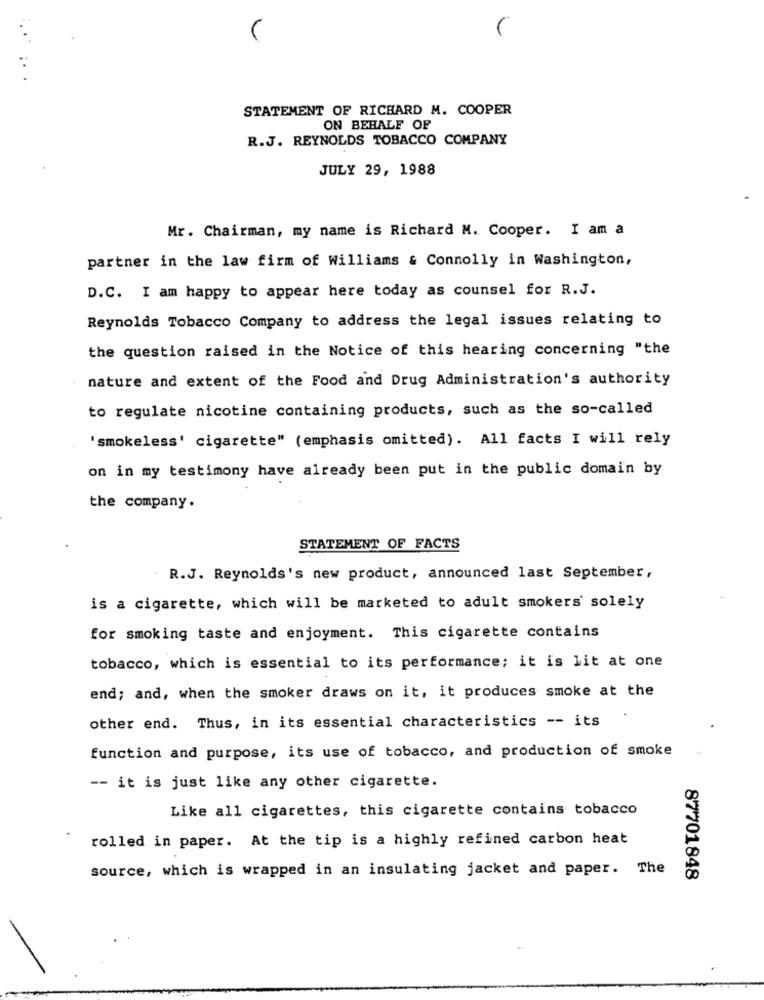
STATEMENT OF RICHARD M. COOPER
ON BEHALF OF
R.J. REYNOLDS TOBACCO COMPANY
JULY 29, 1988
Mr. Chairman, my name is Richard M. Cooper. I am a
partner in the law firm of Williams & Connolly in Washington,
D.C. I am happy to appear here today as counsel for R.J.
Reynolds Tobacco Company to address the legal issues relating to
the question raised in the Notice of this hearing concerning "the
nature and extent of the Food and Drug Administration's authority
to regulate nicotine containing products, such as the so-called
'smokeless' cigarette" (emphasis omitted). All facts I will rely
on in my testimony have already been put in the public domain by
the company.
STATEMENT OF FACTS
R.J. Reynolds's new product, announced last September,
is a cigarette, which will be marketed to adult smokers solely
for smoking taste and enjoyment. This cigarette contains
tobacco, which is essential to its performance; it is lit at one
end; and, when the smoker draws on it, it produces smoke at the
other end. Thus, in its essential characteristics -- its
function and purpose, its use of tobacco, and production of smoke
-- it is just like any other cigarette.
Like all cigarettes, this cigarette contains tobacco
rolled in paper. At the tip is a highly refined carbon heat
source, which is wrapped in an insulating jacket and paper. The
87701848